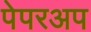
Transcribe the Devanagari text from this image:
पेपरअप